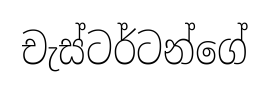
චැස්ටර්ටන්ගේ